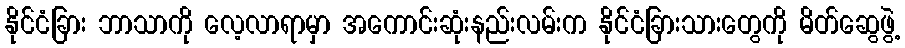
နိုင်ငံခြား ဘာသာကို လေ့လာရာမှာ အကောင်းဆုံးနည်းလမ်းက နိုင်ငံခြားသားတွေကို မိတ်ဆွေဖွဲ့